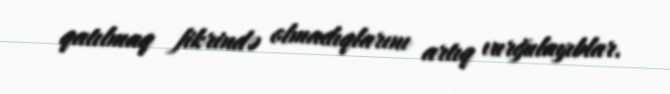
qatılmaq fikrində olmadıqlarını artıq vurğulayıblar.